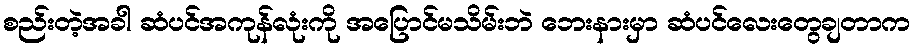
စည်းတဲ့အခါ ဆံပင်အကုန်လုံးကို အပြောင်မသိမ်းဘဲ ဘေးနားမှာ ဆံပင်လေးတွေချတာက